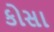
કોસા